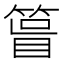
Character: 𥰀